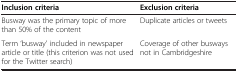
| Inclusion criteria | Exclusion criteria |
 | --- | --- |
 | Busway was the primary topic of more than 50% of the content | Duplicate articles or tweets |
 | Term ‘busway’ included in newspaper article or title (this criterion was not used for the Twitter search) | Coverage of other busways not in Cambridgeshire |